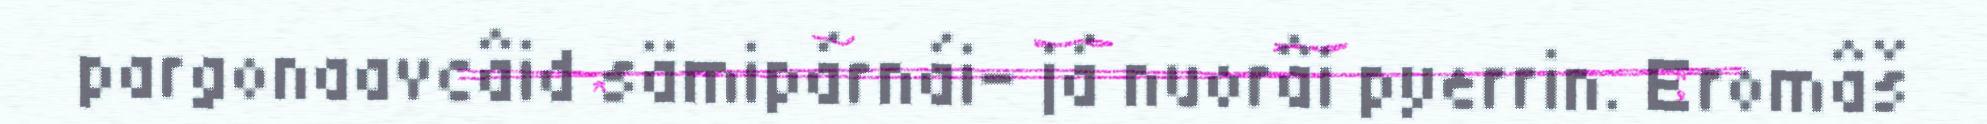
pargonaavcâid sämipárnái- já nuorâi pyerrin. Eromâš